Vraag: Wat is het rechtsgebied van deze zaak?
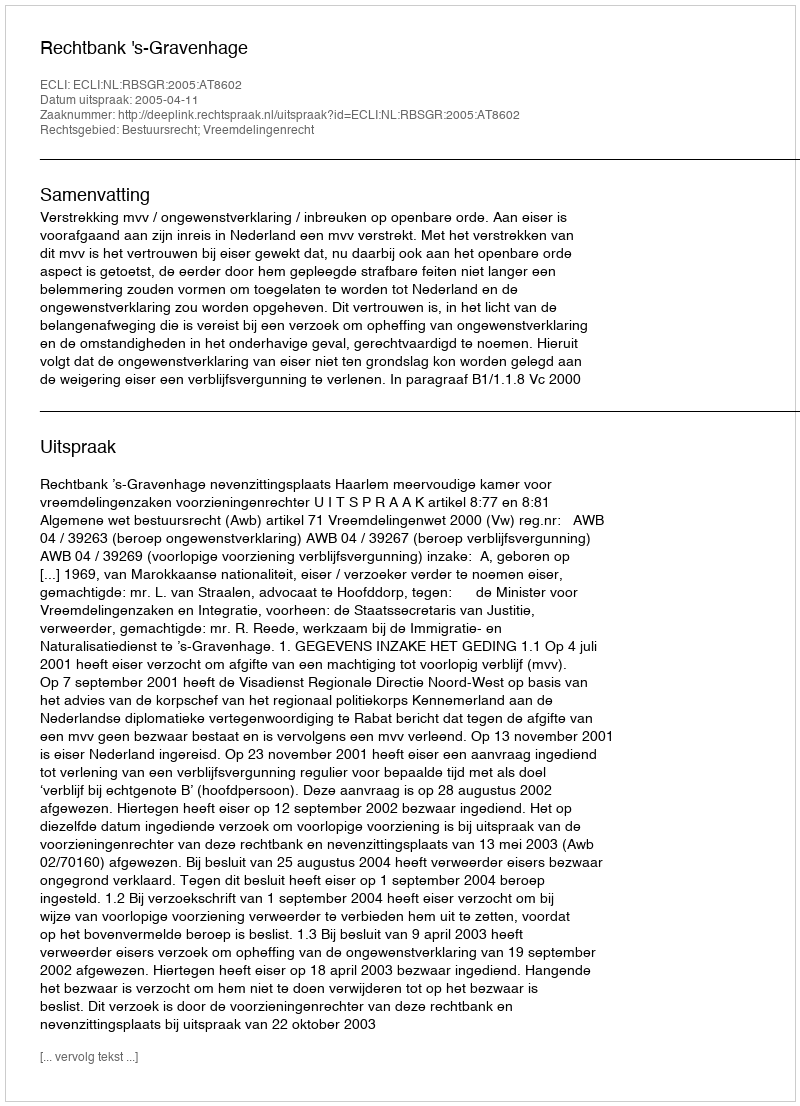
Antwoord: Bestuursrecht; Vreemdelingenrecht